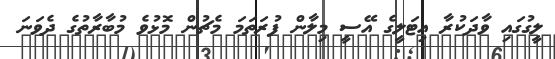
ލީގުގައި ވާދަކުރާ އިޓަލީގެ އޭސީ މިލާން ފުރަތަމަ މެޗުން މޮޅުވެ މުބާރާތުގެ ދެވަނަ